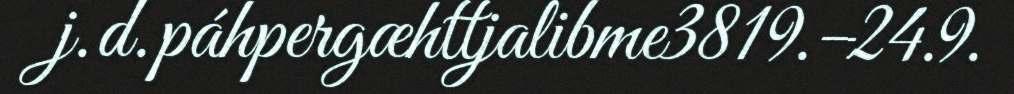
j.d.páhpergæhttjalibme3819.–24.9.